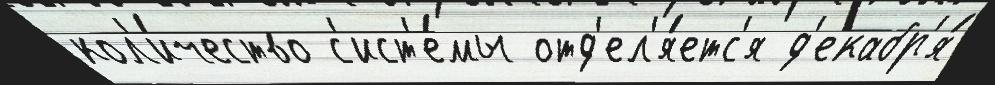
кол'и́чество с'ист'е́мы отд'ел'я́етс'я д'екабр'я́